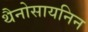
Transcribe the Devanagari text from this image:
थैनोसायनिन